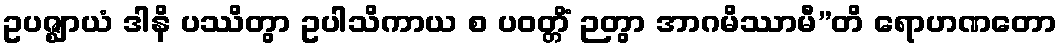
ဥပဇ္ဈာယံ ဒါနိ ပဿိတွာ ဥပါသိကာယ စ ပဝတ္တိံ ဉတွာ အာဂမိဿာမီ”တိ ရောဟဏတော